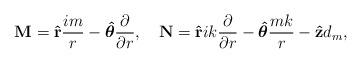
LaTeX: \begin{align*}{\bf M}={\bf \hat r}{im\over r}-\mbox{\boldmath{$\hat\theta$}}{\partial\over\partial r},\quad {\bf N}={\bf \hat r}ik{\partial\over\partial r}-\mbox{\boldmath{$\hat\theta$}}{mk\over r}-{\bf \hat z}d_m,\end{align*}